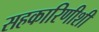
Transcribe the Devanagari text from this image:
सहकारिणीशी